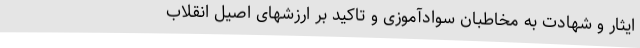
ایثار و شهادت به مخاطبان سوادآموزی و تاکید بر ارزشهای اصیل انقلاب